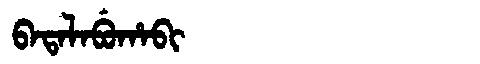
Manchu: ᠪᠠᡨᠠᠯᠠᠪᡠᡥᠠᠪᡳ
Romanization: BATALABUHABI